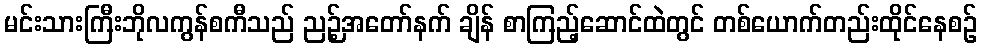
မင်းသားကြီးဘိုလကွန်စကီသည် ညဉ့်အတော်နက် ချိန် စာကြည့်ဆောင်ထဲတွင် တစ်ယောက်တည်းထိုင်နေစဉ်